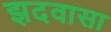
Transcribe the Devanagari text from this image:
झदवासा